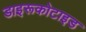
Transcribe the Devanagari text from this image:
डाइरूकोटाइड